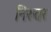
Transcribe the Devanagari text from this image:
निरुतर